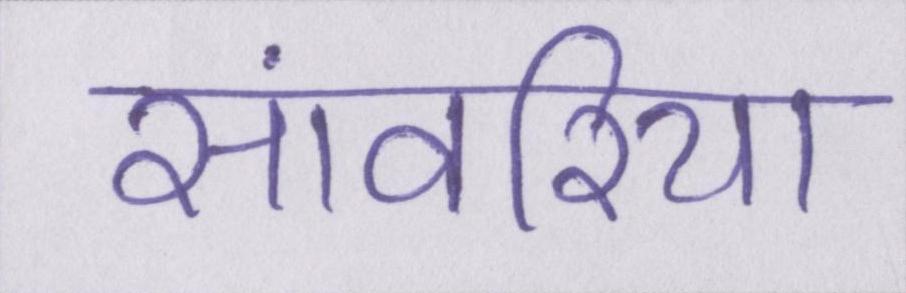
सांवरिया